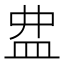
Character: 𥁖